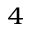
^ { 4 }